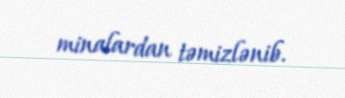
minalardan təmizlənib.